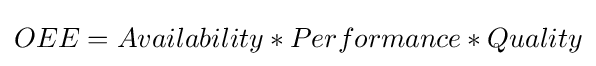
OEE=Availability*Performance*Quality